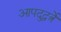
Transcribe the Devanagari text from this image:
आपदुद्धर्त्रे